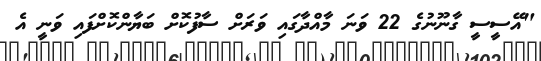
"އޭސީސީ ގާނޫނުގެ 22 ވަނަ މާއްދާގައި ވަރަށް ސާފުކޮށް ބަޔާންކޮށްފައި ވަނީ އެ